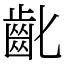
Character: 齔